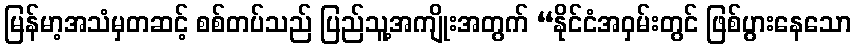
မြန်မာ့အသံမှတဆင့် စစ်တပ်သည် ပြည်သူ့အကျိုးအတွက် “နိုင်ငံအဝှမ်းတွင် ဖြစ်ပွားနေသော